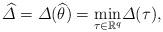
LaTeX: \begin{align*} \widehat{\varDelta} = \varDelta(\widehat{\theta}) =\underset{\tau\in\mathbb{R}^{q}} {\min}\varDelta(\tau),\end{align*}